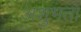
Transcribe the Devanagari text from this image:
अशुभता